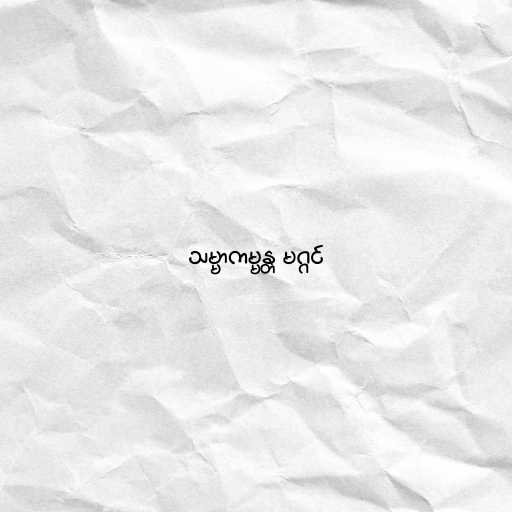
သမ္မာကမ္မန္တ မဂ္ဂင်